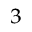
^ 3